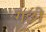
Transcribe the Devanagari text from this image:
गछी